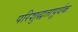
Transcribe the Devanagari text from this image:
परिशुद्धतापूर्वक